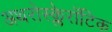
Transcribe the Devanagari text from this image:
अथरोस्क्लेरॉटिक